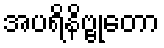
အပရိနိဗ္ဗုတော